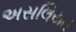
અસલિયત